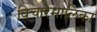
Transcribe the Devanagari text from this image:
विचारमालिका